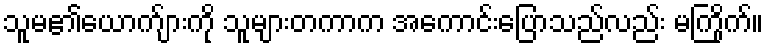
သူမ၏ယောက်ျားကို သူများတကာက အကောင်းပြောသည်လည်း မကြိုက်။